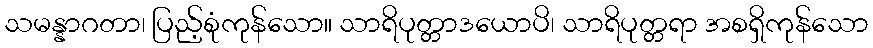
သမန္နာဂတာ၊ ပြည့်စုံကုန်သော။ သာရိပုတ္တာဒယောပိ၊ သာရိပုတ္တရာ အစရှိကုန်သော